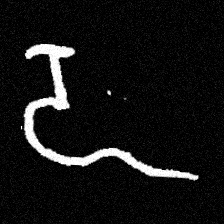
Pyu character \u2014 Myanmar letter: ဍ (romanized: dda)